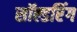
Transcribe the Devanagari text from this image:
सॉल्डरिंग